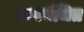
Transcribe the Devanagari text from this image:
अपवंचित